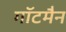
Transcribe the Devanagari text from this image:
गॉटमैन